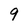
Character: 9